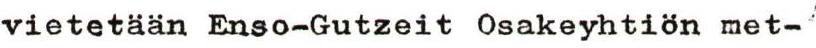
vietetään Enso-Gutzeit Osakeyhtiön met-